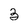
Character: 3